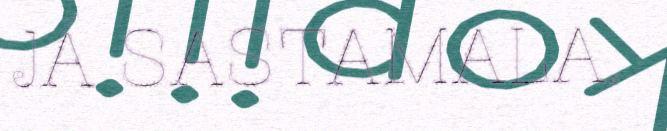
JÁ SASTAMALA.